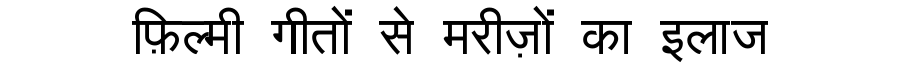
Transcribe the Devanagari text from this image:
फ़िल्मी गीतों से मरीज़ों का इलाज